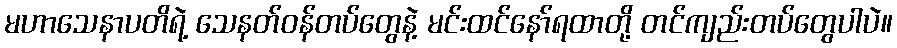
မဟာသေနာပတိရဲ့ သေနတ်ဝန်တပ်တွေနဲ့ မင်းထင်နော်ရထာတို့ တင်ကျည်းတပ်တွေပါပဲ။